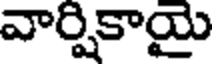
వార్షికాయై